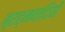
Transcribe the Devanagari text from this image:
ब्रह्मवादियों